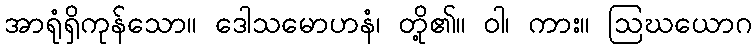
အာရုံရှိကုန်သော။ ဒေါသမောဟနံ၊ တို့၏။ ဝါ၊ ကား။ ဩဃယောဂ